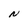
Character: N